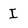
Character: i